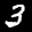
Label: 3